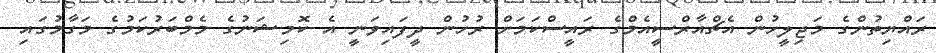
ރައްޔިތުންގެ މަޖިލީހުން އެޗްއާރްސީއެމްގެ ރައީސްކަމަށް ރުހުން ދީފައިވަނީ އެ ކޮމިޝަނުގެ މެމްބަރުކަމުގެ މަގާމުގައި